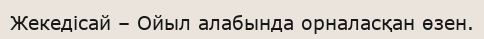
Жекедісай – Ойыл алабында орналасқан өзен.